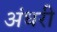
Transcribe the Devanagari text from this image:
अंधरी